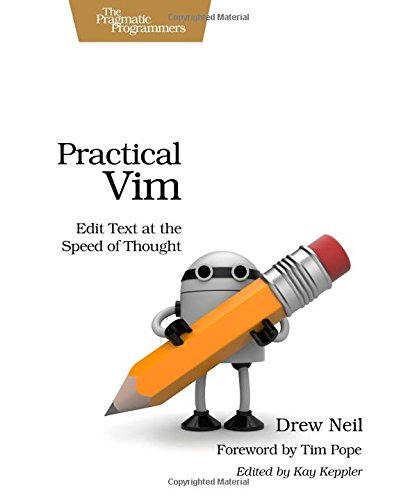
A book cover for Practical Vim: Edit Text at the Speed of Thought (Pragmatic Programmers); Drew Neil; Computers & Technology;